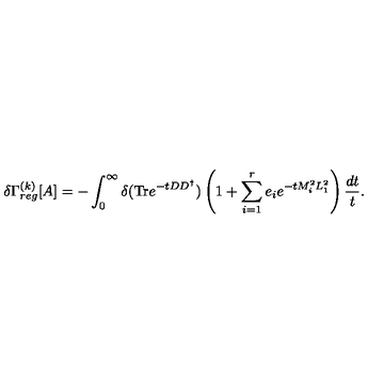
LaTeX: \delta \Gamma _ { r e g } ^ { ( k ) } [ A ] = - \int _ { 0 } ^ { \infty } \delta ( \mathrm { T r } e ^ { - t D D ^ { \dagger } } ) \left( 1 + \sum _ { i = 1 } ^ { r } e _ { i } e ^ { - t M _ { i } ^ { 2 } L _ { 1 } ^ { 2 } } \right) \frac { d t } { t } .